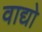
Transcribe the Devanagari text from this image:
वाद्यो